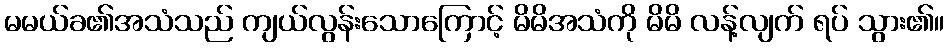
မမယ်ခ၏အသံသည် ကျယ်လွန်းသောကြောင့် မိမိအသံကို မိမိ လန့်လျက် ရပ် သွား၏။